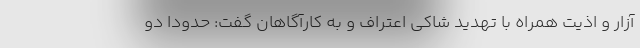
آزار و اذیت همراه با تهدید شاکی اعتراف و به کارآگاهان گفت: حدودا دو